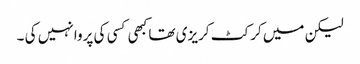
لیکن میں کرکٹ کریزی تھا کبھی کسی کی پروا نہیں کی ۔